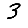
Digit: 3